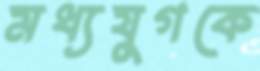
মধ্যযুগকে